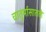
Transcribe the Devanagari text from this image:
चातुर्मासातले